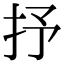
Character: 抒